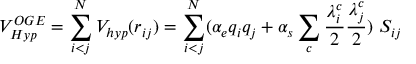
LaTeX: V _ { H y p } ^ { O G E } = \sum _ { i < j } ^ { N } V _ { h y p } ( r _ { i j } ) = \sum _ { i < j } ^ { N } ( \alpha _ { e } q _ { i } q _ { j } + \alpha _ { s } \sum _ { c } \frac { \lambda _ { i } ^ { c } } { 2 } \frac { \lambda _ { j } ^ { c } } { 2 } ) \ S _ { i j }